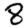
Digit: 8